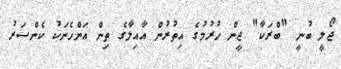
ޖޯލީ ބުނީ "ބްރަކާ" ޖީން ހުރުމުގެ އިތުރުން އާއިލާގެ ތިން އަންހެނަކު ކެންސަރު